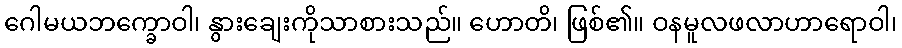
ဂေါမယဘက္ခောဝါ၊ နွားချေးကိုသာစားသည်။ ဟောတိ၊ ဖြစ်၏။ ဝနမူလဖလာဟာရောဝါ၊